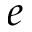
e